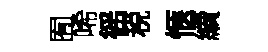
囿唏徭税愜續